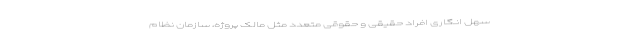
سهل انگاری افراد حقیقی و حقوقی متعدد مثل مالک پروژه، سازمان نظام